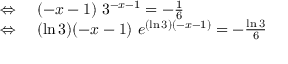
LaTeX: \begin{array} { r l } { \Leftrightarrow \ } & { { } ( - x - 1 ) \ 3 ^ { - x - 1 } = - { \frac { 1 } { 6 } } } \\ { \Leftrightarrow \ } & { { } ( \ln 3 ) ( - x - 1 ) \ e ^ { ( \ln 3 ) ( - x - 1 ) } = - { \frac { \ln 3 } { 6 } } } \end{array}